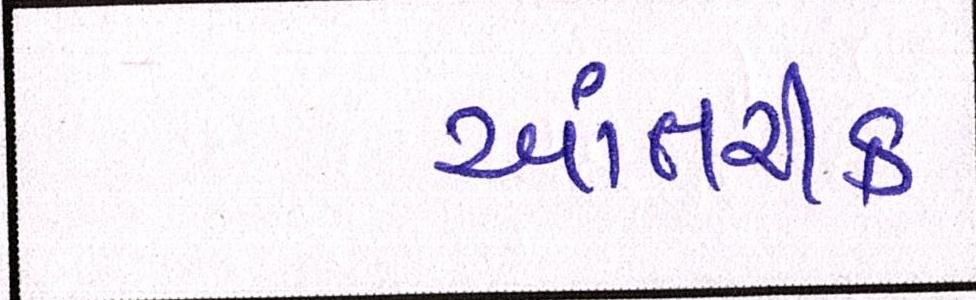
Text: આંતરીક